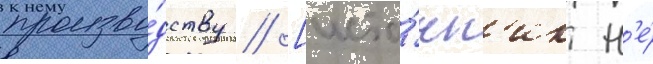
произво́дству // [исто́чн'ик н'е́